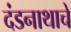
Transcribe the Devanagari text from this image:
दंडनाथाचे